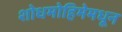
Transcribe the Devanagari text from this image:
शोधमोहिमेमधून